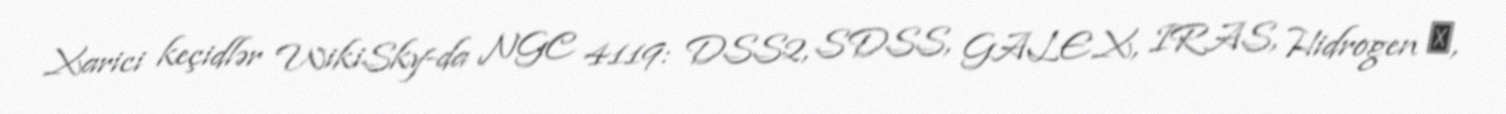
Xarici keçidlər WikiSky-da NGC 4119: DSS2, SDSS, GALEX, IRAS, Hidrogen α,